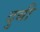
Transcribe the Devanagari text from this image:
दुबी